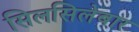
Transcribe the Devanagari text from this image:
सिलसिलेबार